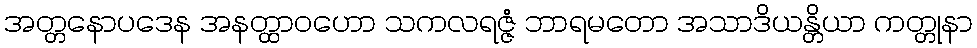
အတ္တနောပဒေန အနတ္ထာဝဟော သကလရဇ္ဇံ ဘာရမတော အသာဒိယန္တိယာ ကတ္တုနာ